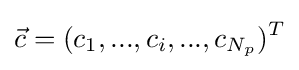
{\vec {c}}=(c_{1},...,c_{i},...,c_{N_{p}})^{T}